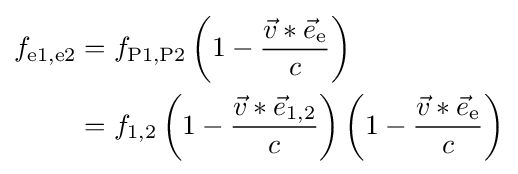
{\begin{aligned}f_{\text{e1,e2}}&=f_{\text{P1,P2}}\left(1-{\frac {{\vec {v}}\ast {\vec {e}}_{\text{e}}}{c}}\right)\\&=f_{\text{1,2}}\left(1-{\frac {{\vec {v}}\ast {\vec {e}}_{\text{1,2}}}{c}}\right)\left(1-{\frac {{\vec {v}}\ast {\vec {e}}_{\text{e}}}{c}}\right)\end{aligned}}